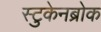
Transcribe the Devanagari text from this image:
स्टुकेनब्रोक